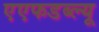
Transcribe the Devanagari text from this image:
एएफडब्ल्‍यू